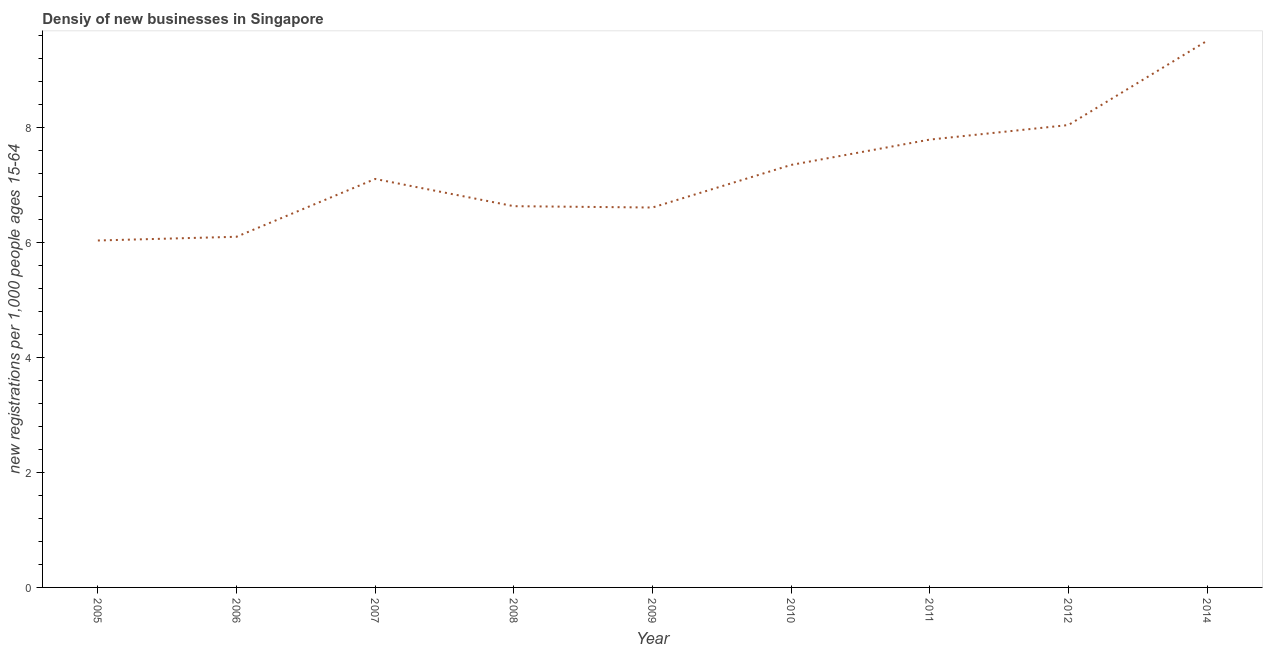
| Year | New business density |
 | --- | --- |
 | 2005 | 6.04 |
 | 2006 | 6.1 |
 | 2007 | 7.11 |
 | 2008 | 6.63 |
 | 2009 | 6.61 |
 | 2010 | 7.35 |
 | 2011 | 7.79 |
 | 2012 | 8.04 |
 | 2014 | 9.51 |